Mental hospitals Bombay report 1921-28 - 1921-1928
Year: 1921
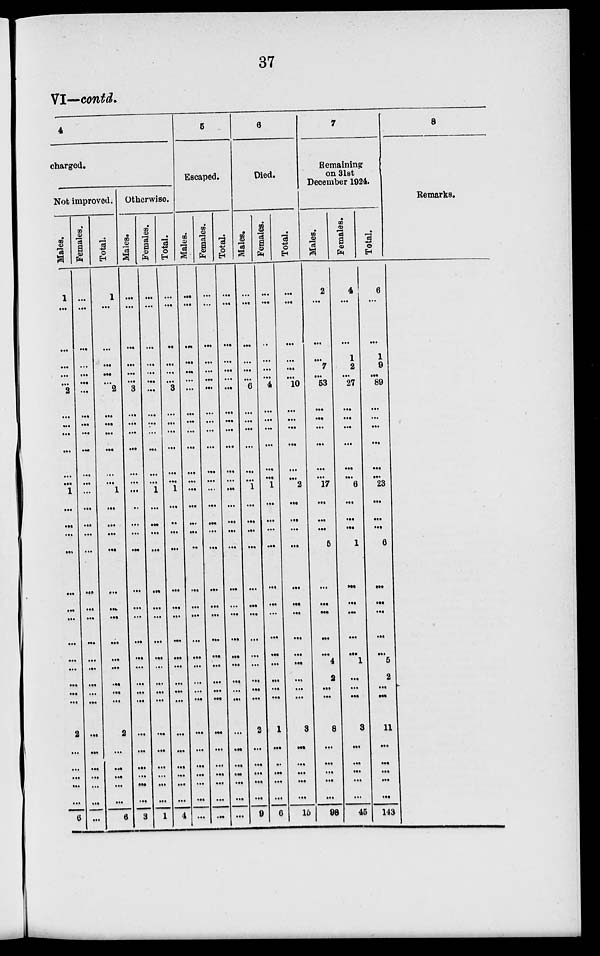
37
VI—contd.
4
charged.
Not improved.
Males.
1
...
...
...
...
...
2
...
...
...
...
...
...
1
...
...
...
...
...
...
...
...
...
...
...
...
...
2
...
...
...
...
...
6
Females.
...
...
...
...
...
...
...
...
...
...
...
...
...
...
...
...
...
...
...
...
...
...
...
...
...
...
...
...
...
...
...
...
...
...
Total.
1
...
...
...
...
... 2
...
...
...
...
...
... 1
...
...
...
...
...
...
...
...
...
...
...
...
...
2
...
...
...
...
...
6
Otherwise.
Males.
...
...
...
...
...
...
3
...
...
...
...
...
...
...
...
...
...
...
...
...
...
...
...
...
...
...
...
...
...
...
...
...
...
3
Females.
...
...
...
...
...
...
...
...
...
...
...
...
...
1
...
...
...
...
...
...
...
...
...
...
...
...
...
...
...
...
...
...
...
1
Total.
...
...
...
...
...
...
3
...
...
...
...
...
...
1
...
...
...
...
...
...
...
...
...
...
...
...
...
...
...
...
...
...
...
4
5
Escaped.
Males.
...
...
...
...
...
...
...
...
...
...
...
...
...
...
...
...
...
...
...
...
...
...
...
...
...
...
...
...
...
...
...
...
...
...
Females.
...
...
...
...
...
...
...
...
...
...
...
...
...
...
...
...
...
...
...
...
...
...
...
...
...
...
...
...
...
...
...
...
...
...
Total.
...
...
...
...
...
...
...
...
...
...
...
...
...
...
...
...
...
...
...
...
...
...
...
...
...
...
...
...
...
...
...
...
...
...
6
Died.
Males.
...
...
...
...
...
...
6
...
...
...
...
...
...
1
...
...
...
...
...
...
...
...
...
...
...
...
...
2
...
...
...
...
...
9
Females.
...
...
..
...
...
...
4
...
...
...
...
...
...
1
...
...
...
...
...
...
...
...
...
...
...
...
...
1
...
...
...
...
...
6
Total.
...
...
...
...
...
...
10
...
...
...
...
...
...
2
...
...
...
...
...
...
...
...
...
...
...
...
...
3
...
...
...
...
...
15
7
Remaining
on 31st
December 1924.
Males.
2
...
...
...
7
...
53
...
...
...
...
...
...
17
...
...
...
5
...
...
...
...
...
4
2
...
...
8
...
...
...
...
...
98
Females.
4
...
...
1
2
...
27
...
...
...
...
...
...
6
...
...
...
1
...
...
...
...
...
1
...
...
...
3
...
...
...
...
...
45
Total.
6
...
...
1
9
...
80
...
...
...
...
...
...
23
...
...
...
6
...
...
...
...
...
5
2
...
...
11
...
...
...
...
...
143
8
Remarks.